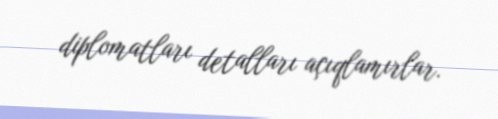
diplomatları detalları açıqlamırlar.